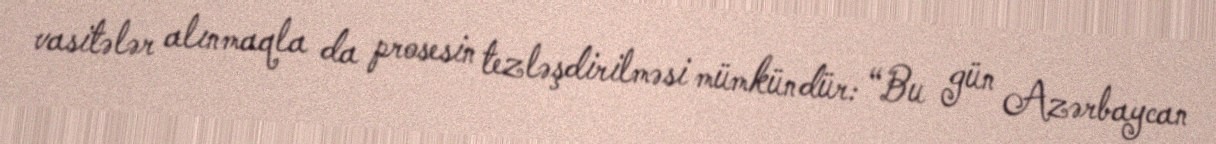
vasitələr alınmaqla da prosesin tezləşdirilməsi mümkündür: “Bu gün Azərbaycan